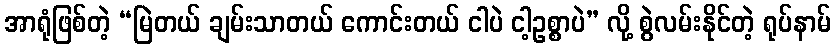
အာရုံဖြစ်တဲ့ “မြဲတယ် ချမ်းသာတယ် ကောင်းတယ် ငါပဲ ငါ့ဥစ္စာပဲ” လို့ စွဲလမ်းနိုင်တဲ့ ရုပ်နာမ်